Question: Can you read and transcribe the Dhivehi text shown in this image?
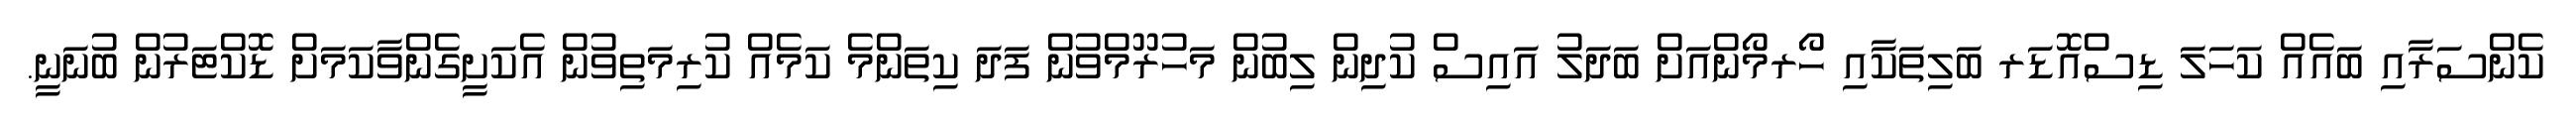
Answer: ކެންސަރާއި ބައެއް ކަހަލަ ޑިސްއޮޑަރ ބަލިތަކާއި ހޯރމޯންއަށް ބަދަލު އައިސް ކުދިން ލިބުން މަހުރޫމްވުން ފަދަ ކިތަންމެ ކަމެއް ކުރިމަތިވުން އެކަށީގެންވާކަމަށް ޑޮކްޓަރުން ބުނަނީ.